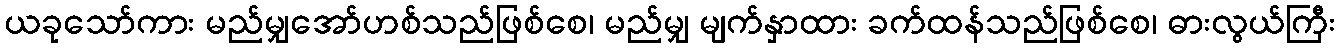
ယခုသော်ကား မည်မျှအော်ဟစ်သည်ဖြစ်စေ၊ မည်မျှ မျက်နှာထား ခက်ထန်သည်ဖြစ်စေ၊ ဓားလွယ်ကြီး